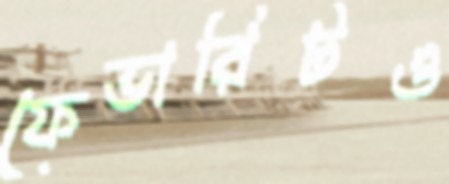
ফেভারিটও